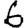
Digit: 6